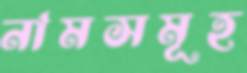
নামসমূহ